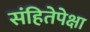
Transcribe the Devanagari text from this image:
संहितेपेक्षा